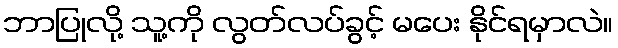
ဘာပြုလို့ သူ့ကို လွတ်လပ်ခွင့် မပေး နိုင်ရမှာလဲ။